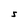
Character: S